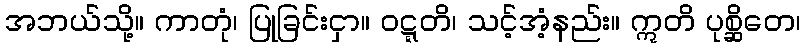
အဘယ်သို့။ ကာတုံ၊ ပြုခြင်းငှာ။ ဝဋ္ဋတိ၊ သင့်အံ့နည်း။ ဣတိ ပုစ္ဆိတေ၊